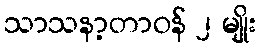
သာသနာ့တာဝန် ၂ မျိုး